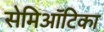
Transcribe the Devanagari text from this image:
सेमिऑटिका